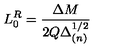
L _ { 0 } ^ { R } = \frac { \Delta M } { 2 Q \Delta _ { ( n ) } ^ { 1 / 2 } }